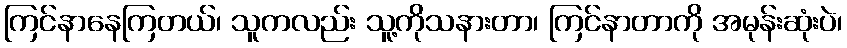
ကြင်နာနေကြတယ်၊ သူကလည်း သူ့ကိုသနားတာ၊ ကြင်နာတာကို အမုန်းဆုံးပဲ၊